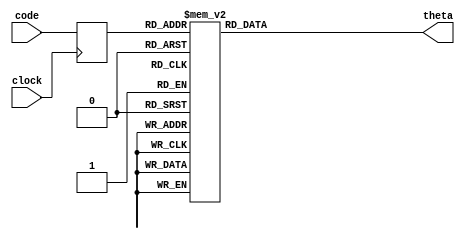
module LUT(clock,code,theta);
    parameter n = 87;
    input         clock;
    input   [6:0] code;
    output  [6:0] theta;

    reg [6:0] theta;
    reg [6:0] code_in;

    always @(posedge clock)
        code_in <= code;

    always @(code_in)
    case(code_in)
        (7'd0): theta = 7'd90;
        (7'd1): theta = 7'd89;
        (7'd2): theta = 7'd89;
        (7'd3): theta = 7'd88;
        (7'd4): theta = 7'd87;
        (7'd5): theta = 7'd87;
        (7'd6): theta = 7'd86;
        (7'd7): theta = 7'd85;
        (7'd8): theta = 7'd85;
        (7'd9): theta = 7'd84;
        (7'd10): theta = 7'd83;
        (7'd11): theta = 7'd83;
        (7'd12): theta = 7'd82;
        (7'd13): theta = 7'd81;
        (7'd14): theta = 7'd81;
        (7'd15): theta = 7'd80;
        (7'd16): theta = 7'd79;
        (7'd17): theta = 7'd79;
        (7'd18): theta = 7'd78;
        (7'd19): theta = 7'd77;
        (7'd20): theta = 7'd77;
        (7'd21): theta = 7'd76;
        (7'd22): theta = 7'd75;
        (7'd23): theta = 7'd75;
        (7'd24): theta = 7'd74;
        (7'd25): theta = 7'd73;
        (7'd26): theta = 7'd73;
        (7'd27): theta = 7'd72;
        (7'd28): theta = 7'd71;
        (7'd29): theta = 7'd71;
        (7'd30): theta = 7'd70;
        (7'd31): theta = 7'd69;
        (7'd32): theta = 7'd68;
        (7'd33): theta = 7'd68;
        (7'd34): theta = 7'd67;
        (7'd35): theta = 7'd66;
        (7'd36): theta = 7'd66;
        (7'd37): theta = 7'd65;
        (7'd38): theta = 7'd64;
        (7'd39): theta = 7'd63;
        (7'd40): theta = 7'd63;
        (7'd41): theta = 7'd62;
        (7'd42): theta = 7'd61;
        (7'd43): theta = 7'd60;
        (7'd44): theta = 7'd60;
        (7'd45): theta = 7'd59;
        (7'd46): theta = 7'd58;
        (7'd47): theta = 7'd57;
        (7'd48): theta = 7'd56;
        (7'd49): theta = 7'd56;
        (7'd50): theta = 7'd55;
        (7'd51): theta = 7'd54;
        (7'd52): theta = 7'd53;
        (7'd53): theta = 7'd52;
        (7'd54): theta = 7'd52;
        (7'd55): theta = 7'd51;
        (7'd56): theta = 7'd50;
        (7'd57): theta = 7'd49;
        (7'd58): theta = 7'd48;
        (7'd59): theta = 7'd47;
        (7'd60): theta = 7'd46;
        (7'd61): theta = 7'd45;
        (7'd62): theta = 7'd45;
        (7'd63): theta = 7'd44;
        (7'd64): theta = 7'd43;
        (7'd65): theta = 7'd42;
        (7'd66): theta = 7'd41;
        (7'd67): theta = 7'd40;
        (7'd68): theta = 7'd39;
        (7'd69): theta = 7'd37;
        (7'd70): theta = 7'd36;
        (7'd71): theta = 7'd35;
        (7'd72): theta = 7'd34;
        (7'd73): theta = 7'd33;
        (7'd74): theta = 7'd32;
        (7'd75): theta = 7'd30;
        (7'd76): theta = 7'd29;
        (7'd77): theta = 7'd28;
        (7'd78): theta = 7'd26;
        (7'd79): theta = 7'd25;
        (7'd80): theta = 7'd23;
        (7'd81): theta = 7'd21;
        (7'd82): theta = 7'd19;
        (7'd83): theta = 7'd17;
        (7'd84): theta = 7'd15;
        (7'd85): theta = 7'd12;
        (7'd86): theta = 7'd9;
        default : theta = 7'd0;
    endcase
endmodule